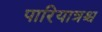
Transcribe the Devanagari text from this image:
पारियात्रश्च